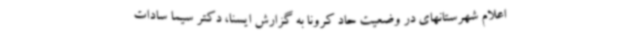
اعلام شهرستانهای در وضعیت حاد کرونا به گزارش ایسنا، دکتر سیما سادات